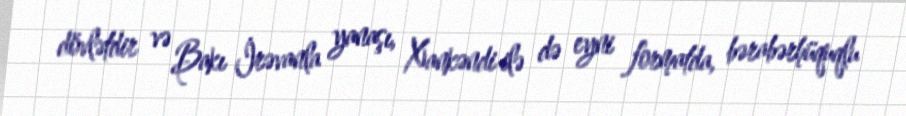
dövlətdir və Bakı İrəvanla yanaşı, Xankəndi ilə də eyni formatda, bərabərhüquqlu